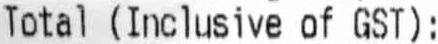
TOTAL (INCLUSIVE OF GST):